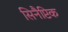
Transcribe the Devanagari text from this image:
सिनैप्टिक